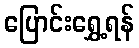
ပြောင်းရွှေ့ရန်